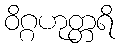
ဝိဂ္ဂဟုတ္တရိ